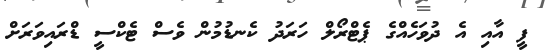
ފީ އާއި އެ ދުވަހެއްގެ ޕެޓްރޯލް ހަރަދު ކެނޑުމުން ވެސް ޓެކްސީ ޑްރައިވަރަށް